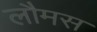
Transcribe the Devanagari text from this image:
लौमस